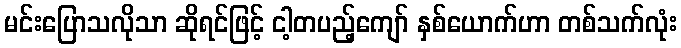
မင်းပြောသလိုသာ ဆိုရင်ဖြင့် ငါ့တပည့်ကျော် နှစ်ယောက်ဟာ တစ်သက်လုံး